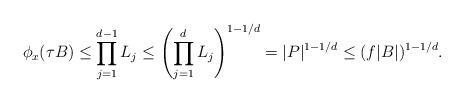
LaTeX: \begin{align*}\phi_x(\tau B) \leq \prod_{j=1}^{d-1} L_j \leq \left(\prod_{j=1}^d L_j\right)^{1-1/d} = |P|^{1-1/d}\leq (f |B|)^{1-1/d}.\end{align*}